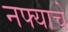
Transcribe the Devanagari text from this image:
नफ्याचे